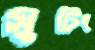
সুটিং